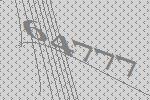
64777